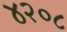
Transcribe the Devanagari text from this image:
४२०८